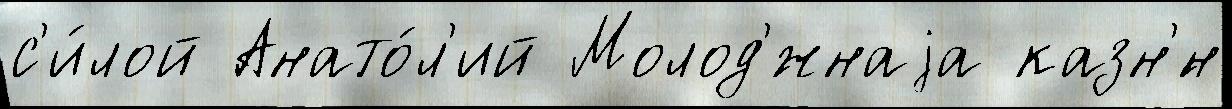
с'и́лой Анато́л'ий Молод'́жнаjа казн'́н